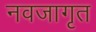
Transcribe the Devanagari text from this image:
नवजागृत